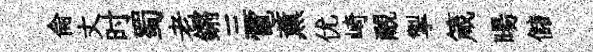
侖丈时蜀老鏘三電薰优崎覼掣箴暘儲